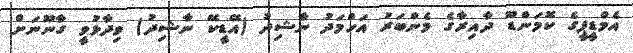
އެމްޑީޕީގެ ކޮމަންޑޫ ދާއިރާގެ މެންބަރު އަހްމަދު ނާޝިދު (އޭޑީކޭ ނާޝިދު) ވިދާޅުވީ ގާނޫނަށް